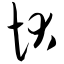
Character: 状